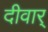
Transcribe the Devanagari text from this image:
दीवार्